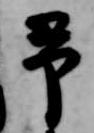
予